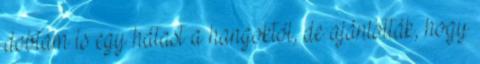
dobtam is egy hátast a hangoktól, de ajánlották, hogy